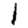
Digit: 1